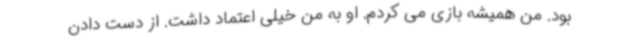
بود. من همیشه بازی می کردم. او به من خیلی اعتماد داشت. از دست دادن